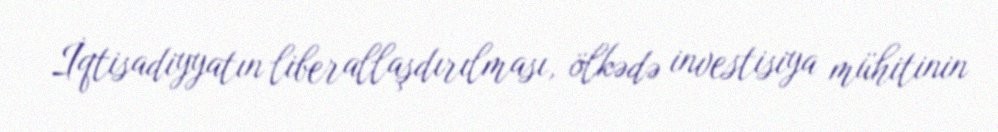
İqtisadiyyatın liberallaşdırılması, ölkədə investisiya mühitinin